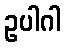
ဥပါဂါ